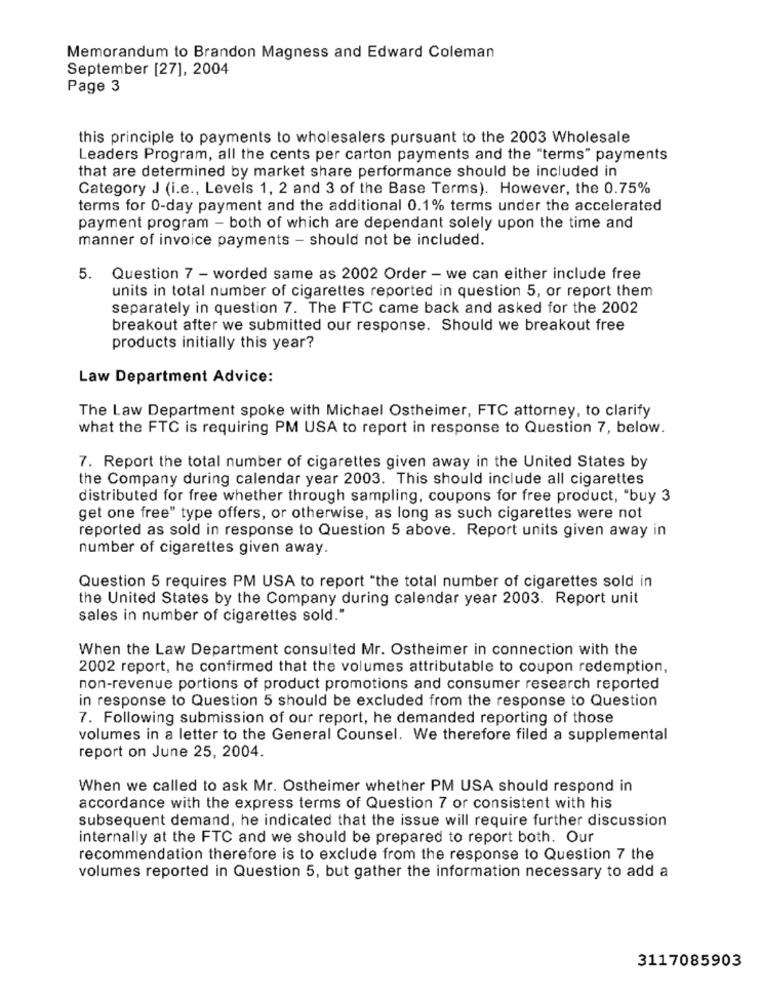
Memorandum to Brandon Magness and Edward Coleman
September [27], 2004
Page 3
this principle to payments to wholesalers pursuant to the 2003 Wholesale
Leaders Program, all the cents per carton payments and the "terms" payments
that are determined by market share performance should be included in
Category J (i.e ., Levels 1, 2 and 3 of the Base Terms). However, the 0.75%
terms for 0-day payment and the additional 0.1% terms under the accelerated
payment program - both of which are dependant solely upon the time and
manner of invoice payments - should not be included.
5. Question 7 - worded same as 2002 Order - we can either include free
units in total number of cigarettes reported in question 5, or report them
separately in question 7. The FTC came back and asked for the 2002
breakout after we submitted our response. Should we breakout free
products initially this year?
Law Department Advice:
The Law Department spoke with Michael Ostheimer, FTC attorney, to clarify
what the FTC is requiring PM USA to report in response to Question 7, below.
7. Report the total number of cigarettes given away in the United States by
the Company during calendar year 2003. This should include all cigarettes
distributed for free whether through sampling, coupons for free product, "buy 3
get one free" type offers, or otherwise, as long as such cigarettes were not
reported as sold in response to Question 5 above. Report units given away in
number of cigarettes given away.
Question 5 requires PM USA to report "the total number of cigarettes sold in
the United States by the Company during calendar year 2003. Report unit
sales in number of cigarettes sold."
When the Law Department consulted Mr. Ostheimer in connection with the
2002 report, he confirmed that the volumes attributable to coupon redemption,
non-revenue portions of product promotions and consumer research reported
in response to Question 5 should be excluded from the response to Question
7. Following submission of our report, he demanded reporting of those
volumes in a letter to the General Counsel. We therefore filed a supplemental
report on June 25, 2004.
When we called to ask Mr. Ostheimer whether PM USA should respond in
accordance with the express terms of Question 7 or consistent with his
subsequent demand, he indicated that the issue will require further discussion
internally at the FTC and we should be prepared to report both. Our
recommendation therefore is to exclude from the response to Question 7 the
volumes reported in Question 5, but gather the information necessary to add a
3117085903